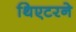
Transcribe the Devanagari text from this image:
थिएटरने